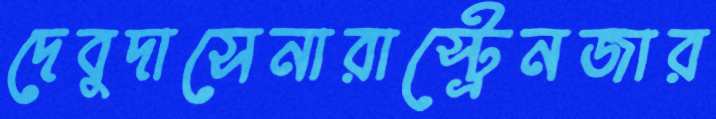
দেবুদাসেনারাস্ট্রেনজার